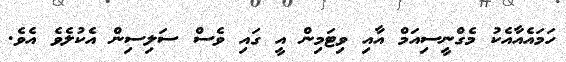
ހަމައެއާއެކު މެގްނީސިއަމް އާއި ވިޓަމިން އީ ގައި ވެސް ސަލިސިން އެކުލެވެ އެވެ.